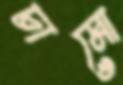
চামো